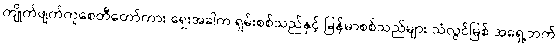
ကျိုက်ဖျက်ကူစေတီတော်ကား ရှေးအခါက ရှမ်းစစ်သည်နှင့် မြန်မာစစ်သည်များ သံလွင်မြစ် အရှေ့ဘက်